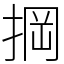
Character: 掆